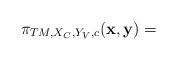
LaTeX: \begin{align*}\pi_{TM,X_{C},Y_{V},c} ({\bf x}, {\bf y})=\end{align*}